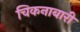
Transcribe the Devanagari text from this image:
चिकनाबारी